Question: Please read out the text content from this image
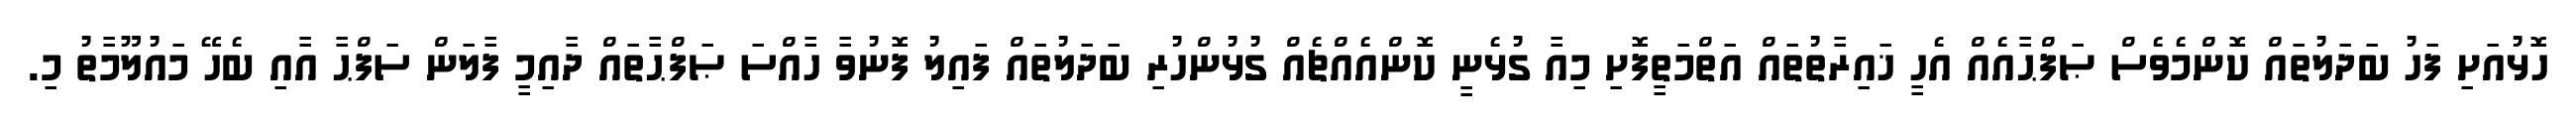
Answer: ހޮޅުއަށި ފަހު ބަދަލުތައް ކޮންމެވެސް ޞަފްޙާއެއް އެހީ ޚައިރާތުތައް އަތްމަތީފޮށި މިއާ ގުޅެނީ ކޮންއެއްޗެއް ގުޅުންހުރި ބަދަލުތައް ފައިލު ފޮނުވާ ހާއްސަ ޞަފްޙާތައް ދާއިމީ ފާލަން ސަފްޙާ އާއި ބެހޭ މައުލޫމާތު މި.